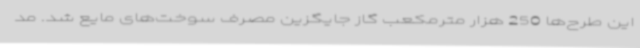
این طرح‌ها 250 هزار مترمکعب گاز جایگزین مصرف سوخت‌های مایع شد. مد